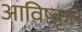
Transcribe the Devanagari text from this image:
आविष्‍कृत